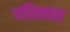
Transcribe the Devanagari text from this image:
पतिव्रतता